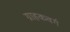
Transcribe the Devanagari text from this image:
ग्राहकवर्ग